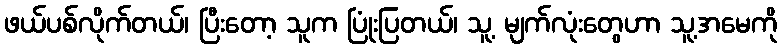
ဖယ်ပစ်လိုက်တယ်၊ ပြီးတော့ သူက ပြုံးပြတယ်၊ သူ့ မျက်လုံးတွေဟာ သူ့အမေကို